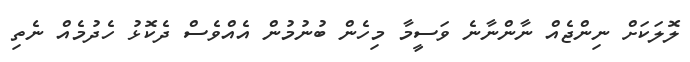
ލޮލަކަށް ނިންޖެއް ނާންނާނެެ ވަސީމާ މިހެން ބުނުމުން އެއްވެސް ދެކޮޅު ހެދުމެއް ނެތި